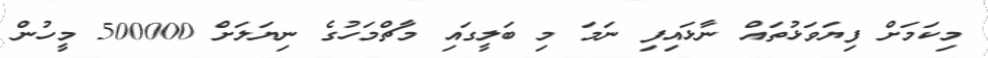
މިކަމަށް ފިޔަވަޅުތައް ނާޅައިފި ނަމަ މި ބަލީގައި މާޗްމަހުގެ ނިޔަލަށް 500000 މީހުން